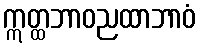
ဣတ္ထဘာဝညထာဘာဝံ